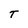
Character: T